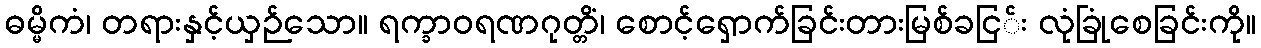
ဓမ္မိကံ၊ တရားနှင့်ယှဉ်သော။ ရက္ခာဝရဏဂုတ္တိံ၊ စောင့်ရှောက်ခြင်းတားမြစ်ခငြ်း လုံခြုံစေခြင်းကို။